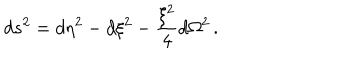
LaTeX: d s ^ { 2 } = d \eta ^ { 2 } - d \xi ^ { 2 } - \frac { \xi ^ { 2 } } { 4 } d \Omega ^ { 2 } \, .